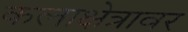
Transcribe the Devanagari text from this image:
कलाक्षेत्रावर